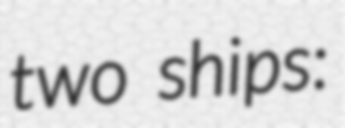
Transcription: two ships: